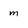
Character: m